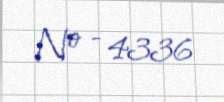
№ - 4336